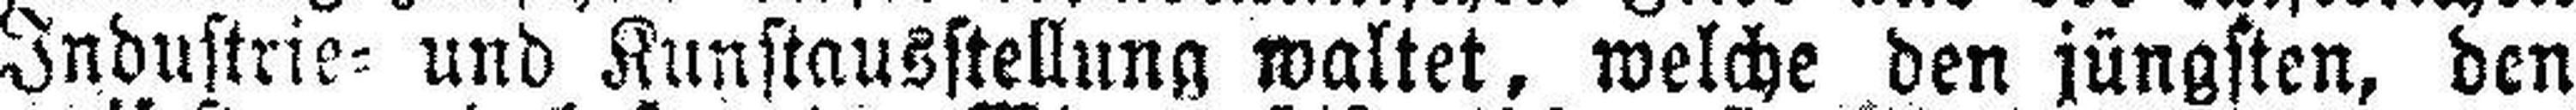
Industrie= und Kunstausstellung waltet, welche den jüngsten, den